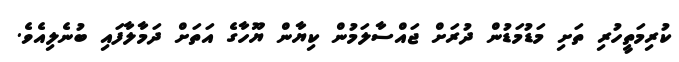
ކުރިމަތީހުރި ތަށި މަޑުމަޑުން ދުރަށް ޖައްސާލަމުން ކިޔާން ޔޫހާގެ އަތަށް ދަމާލާފައި ބުނެލިއެވެ.